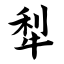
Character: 犁